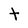
Character: t